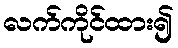
လက်ကိုင်ထား၍